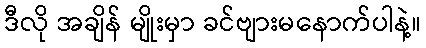
ဒီလို အချိန် မျိုးမှာ ခင်ဗျားမနောက်ပါနဲ့။